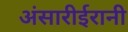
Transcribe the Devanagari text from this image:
अंसारीईरानी